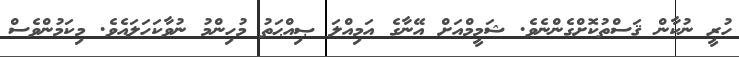
ހުރީ ނުކާން ޤަސްތުކޮށްގެންނެވެ. ޝަމީމްއަށް އޭނާގެ އަމިއްލަ ޞިއްޙަތު މުހިންމު ނުވާކަހަލައެވެ. މިކަމުންވެސް